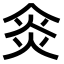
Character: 𠊌